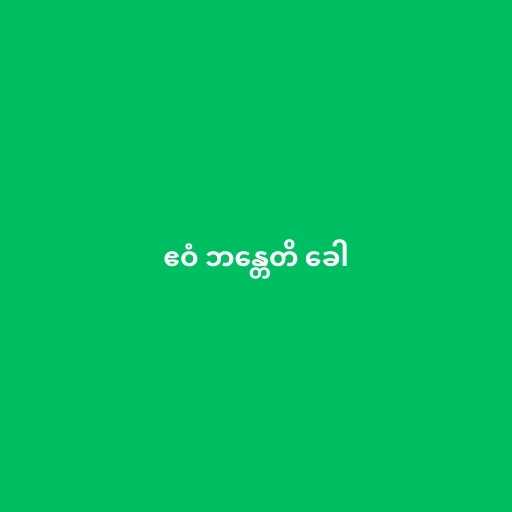
ဧဝံ ဘန္တေတိ ခေါ